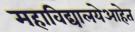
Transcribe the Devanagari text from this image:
महाविद्यालयेआहेत